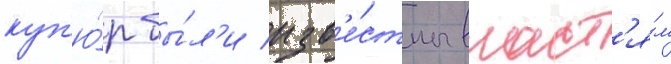
куп'ю́р бы́л'и изв'е́стны власт'я́м